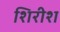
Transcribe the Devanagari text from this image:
शिरीश